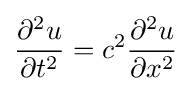
{\frac {\partial ^{2}u}{\partial t^{2}}}=c^{2}{\frac {\partial ^{2}u}{\partial x^{2}}}